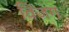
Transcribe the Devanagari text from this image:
विजग